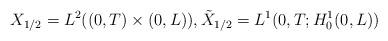
LaTeX: \begin{align*}X_{1/2}=L^{2}( ( 0,T) \times( 0,L) ) , \tilde{X}_{1/2}=L^{1}( 0,T;H_{0}^{1}( 0,L) )\end{align*}